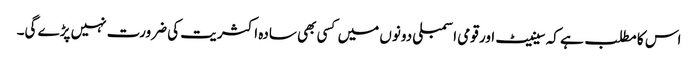
اس کا مطلب ہے کہ سینیٹ اور قومی اسمبلی دونوں میں کسی بھی سادہ اکثریت کی ضرورت نہیں پڑے گی۔